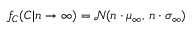
f _ { C } ( C | n \rightarrow \infty ) = \mathcal { N } ( n \cdot \mu _ { \infty } , \, n \cdot \sigma _ { \infty } )